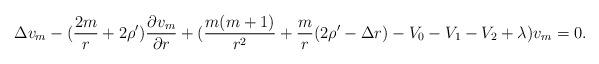
LaTeX: \begin{align*} \Delta v_m -(\frac{2m}{r}+2\rho^{\prime} )\frac{\partial v_m}{\partial r}+(\frac{m(m+1)}{r^2}+\frac{m}{r}(2\rho^{\prime}-\Delta r)-V_0-V_1-V_2+\lambda)v_m=0.\end{align*}